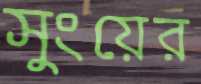
সুংয়ের